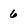
Character: 6